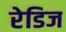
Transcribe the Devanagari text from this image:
रेडिज